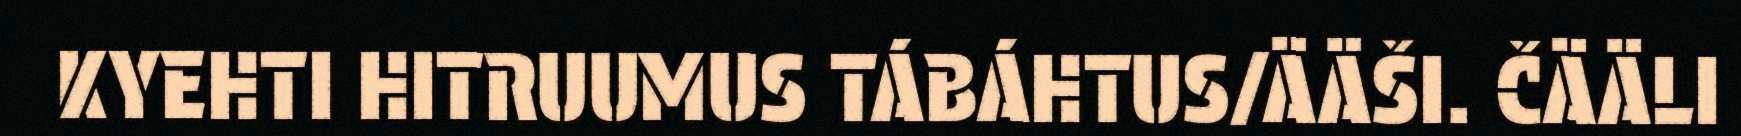
KYEHTI HITRUUMUS TÁBÁHTUS/ÄÄŠI. ČÄÄLI